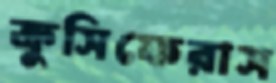
ক্রুসিফেরাস